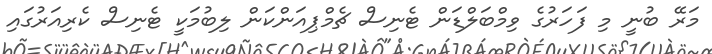
މަރޭ ބުނީ މި ފަހަރުގެ ވިމްބަލްޑަން ޓެނިސް ޗެމްޕިއަންކަން ލިބުމަކީ ޓެނިސް ކެރިއަރުގައި